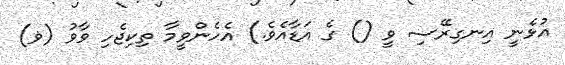
އުޅެނީ އިނގިރޭސި ވީ () ގެ އަޑާއެވެ.) އެހެންވީމާ ތިކިޖެހި ވާވު (ޥ)